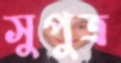
সুপুত্র